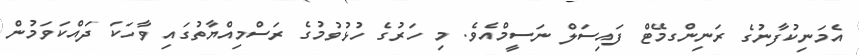
އެމަނިކުފާނުގެ ރަނިންގމޭޓް ފައިސަލް ނަސީމްއެވެ. މި ހަރުގެ ހުޅުވުމުގެ ރަސްމިއްޔާތުގައި ވާހަކަ ދައްކަވަމުން